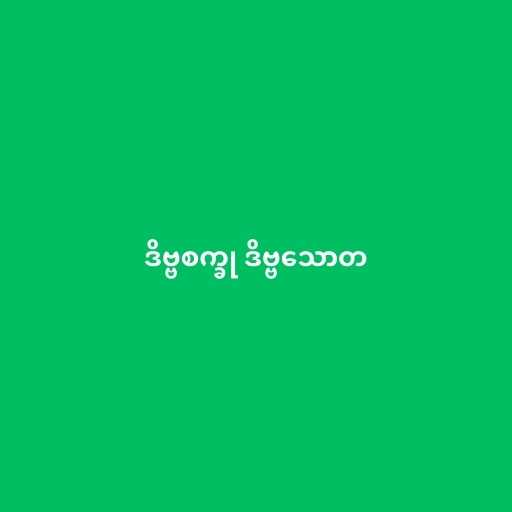
ဒိဗ္ဗစက္ခု ဒိဗ္ဗသောတ